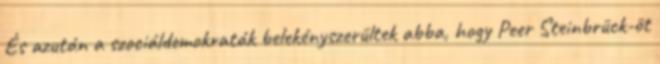
És azután a szociáldemokraták belekényszerültek abba, hogy Peer Steinbrück-öt